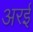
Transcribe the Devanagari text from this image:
अरई